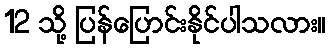
12 သို့ ပြန်ပြောင်းနိုင်ပါသလား။